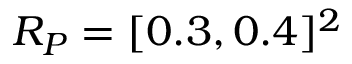
R _ { P } = [ 0 . 3 , 0 . 4 ] ^ { 2 }